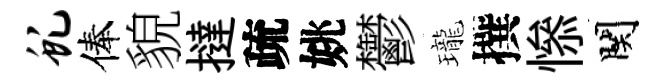
虬俸貌撻疏姚鬱瓏撰𢡖関